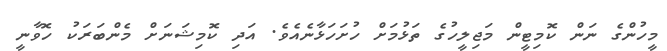
މީހުންގެ ނަން ކޮމިޓީން މަޖިލީހުގެ ތަޅުމަށް ހުށަހަޅާނެއެވެ. އަދި ކޮމިޝަނަށް މެންބަރަކު ހޮވާނީ